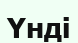
Үнді